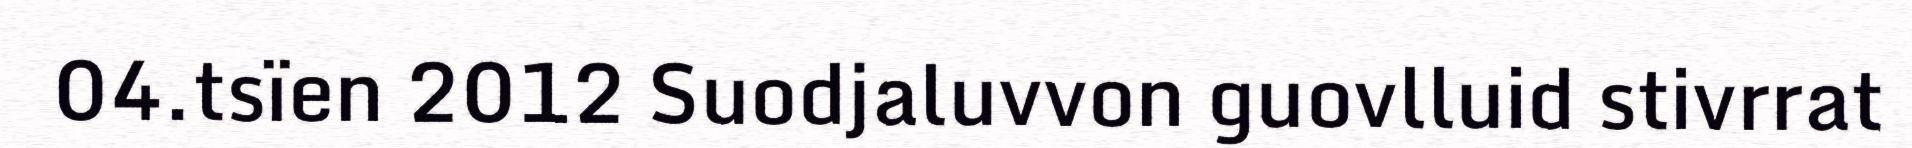
04.tsïen 2012 Suodjaluvvon guovlluid stivrrat